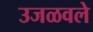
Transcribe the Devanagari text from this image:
उजळवले